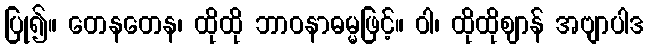
ပြု၍။ တေနတေန၊ ထိုထို ဘာဝနာဓမ္မဖြင့်။ ဝါ၊ ထိုထိုဈာန် အဗျာပါဒ